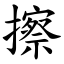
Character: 擦